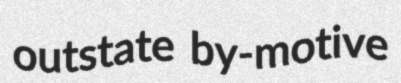
outstate by-motive